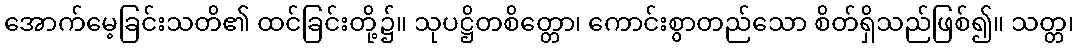
အောက်မေ့ခြင်းသတိ၏ ထင်ခြင်းတို့၌။ သုပဋ္ဌိတစိတ္တော၊ ကောင်းစွာတည်သော စိတ်ရှိသည်ဖြစ်၍။ သတ္တ၊